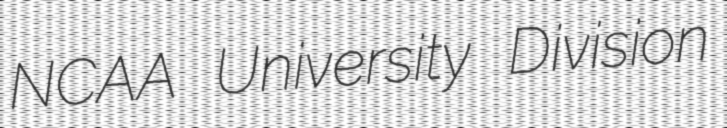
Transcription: NCAA University Division